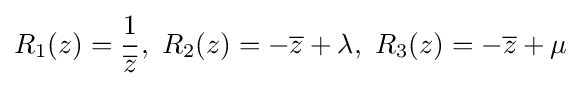
R_{1}(z)={\frac {1}{\overline {z}}},\ R_{2}(z)=-{\overline {z}}+\lambda ,\ R_{3}(z)=-{\overline {z}}+\mu